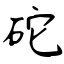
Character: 砣